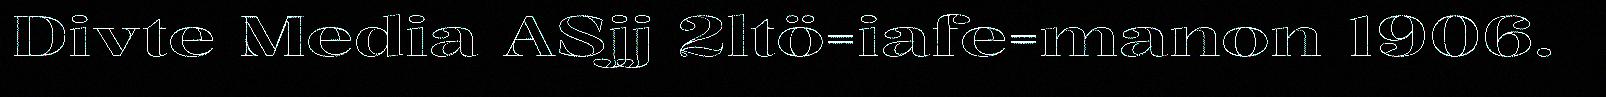
Divte Media ASjj 2ltö=iafe=manon 1906.